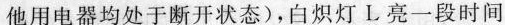
他用电器均处于断开状态)，白炽灯L亮一段时间